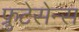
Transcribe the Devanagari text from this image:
फ्रुटेसेन्स